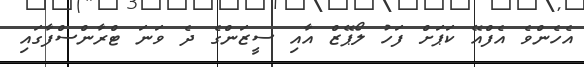
އެހެންވެ އެފްއޭ ކަޕަށް ފަހު ލޯޕޭޒް އާއި ސީޒަންގެ ދެ ވަނަ ޓްރާންސްފާގައި